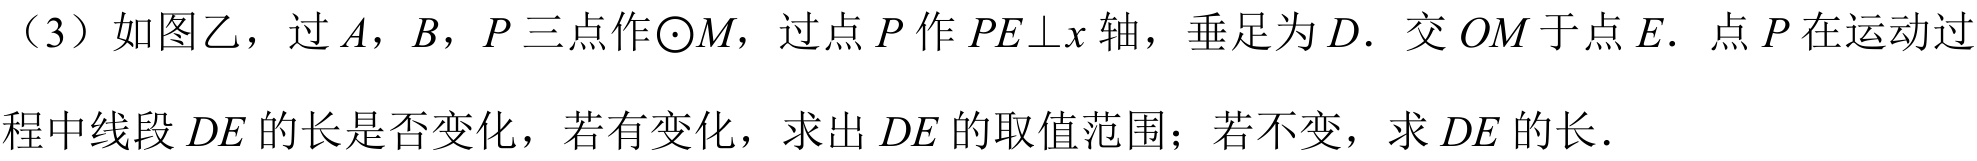
（3）如图乙，过\(A\)，\(B\)，\(P\)三点作\(\odot M\)，过点\(P\)作\(PE\bot x\)轴，垂足为\(D\). 交\(OM\)于点\(E\). 点\(P\)在运动过程中线段\(DE\)的长是否变化，若有变化，求出\(DE\)的取值范围；若不变，求\(DE\)的长.